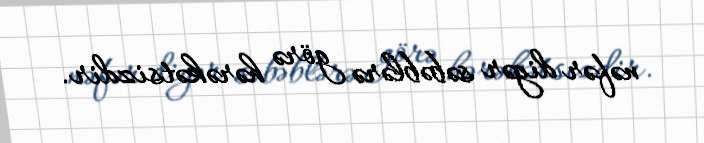
nəfər digər səbəblərə görə hərəkətsizdir.